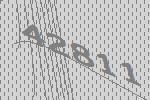
42811